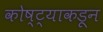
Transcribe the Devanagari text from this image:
कोष्ट्याकडून